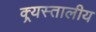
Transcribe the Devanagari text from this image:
क्र्यस्तालीय